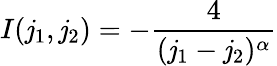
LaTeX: I(\mathit{j}_{1},\mathit{j}_{2})=-\frac{{4}}{{(\mathit{j}_{1}-\mathit{j}_{2})^{\alpha}}}